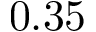
0 . 3 5